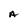
Character: A